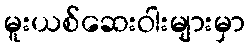
မူးယစ်ဆေးဝါးများမှာ